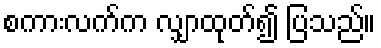
စကားလက်က လျှာထုတ်၍ ပြသည်။